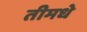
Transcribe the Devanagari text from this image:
तीमधे